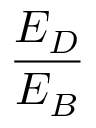
\frac { E _ { D } } { E _ { B } }